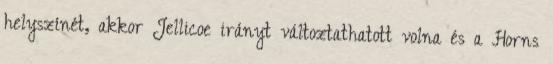
helyszínét, akkor Jellicoe irányt változtathatott volna és a Horns